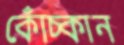
কোঁচ্‌কান